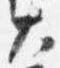
大